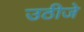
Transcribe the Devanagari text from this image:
उठीजे